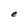
Character: e